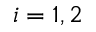
i = 1 , 2